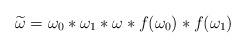
LaTeX: \begin{align*} \widetilde{\omega} = \omega_0 \ast \omega_1 \ast \omega \ast f(\omega_0) \ast f(\omega_1) \end{align*}